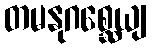
တမနုဂစ္ဆေယျ